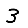
Digit: 3